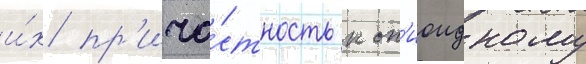
и́х пр'ича́стность к оп'иоидному